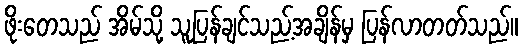
ဖိုးတေသည် အိမ်သို့ သူပြန်ချင်သည့်အချိန်မှ ပြန်လာတတ်သည်။